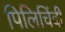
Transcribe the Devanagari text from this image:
पिलिचिंदी